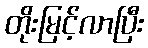
တိုးမြင့်လာပြီး